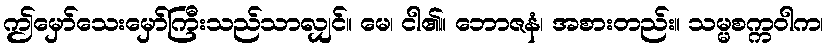
ဤမှော်သေးမှော်ကြီးသည်သာလျှင်။ မေ၊ ငါ၏။ ဘောဇနံ၊ အစားတည်း။ သမ္မစက္ကဝါက၊